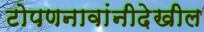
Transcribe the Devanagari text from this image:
टोपणनावांनीदेखील